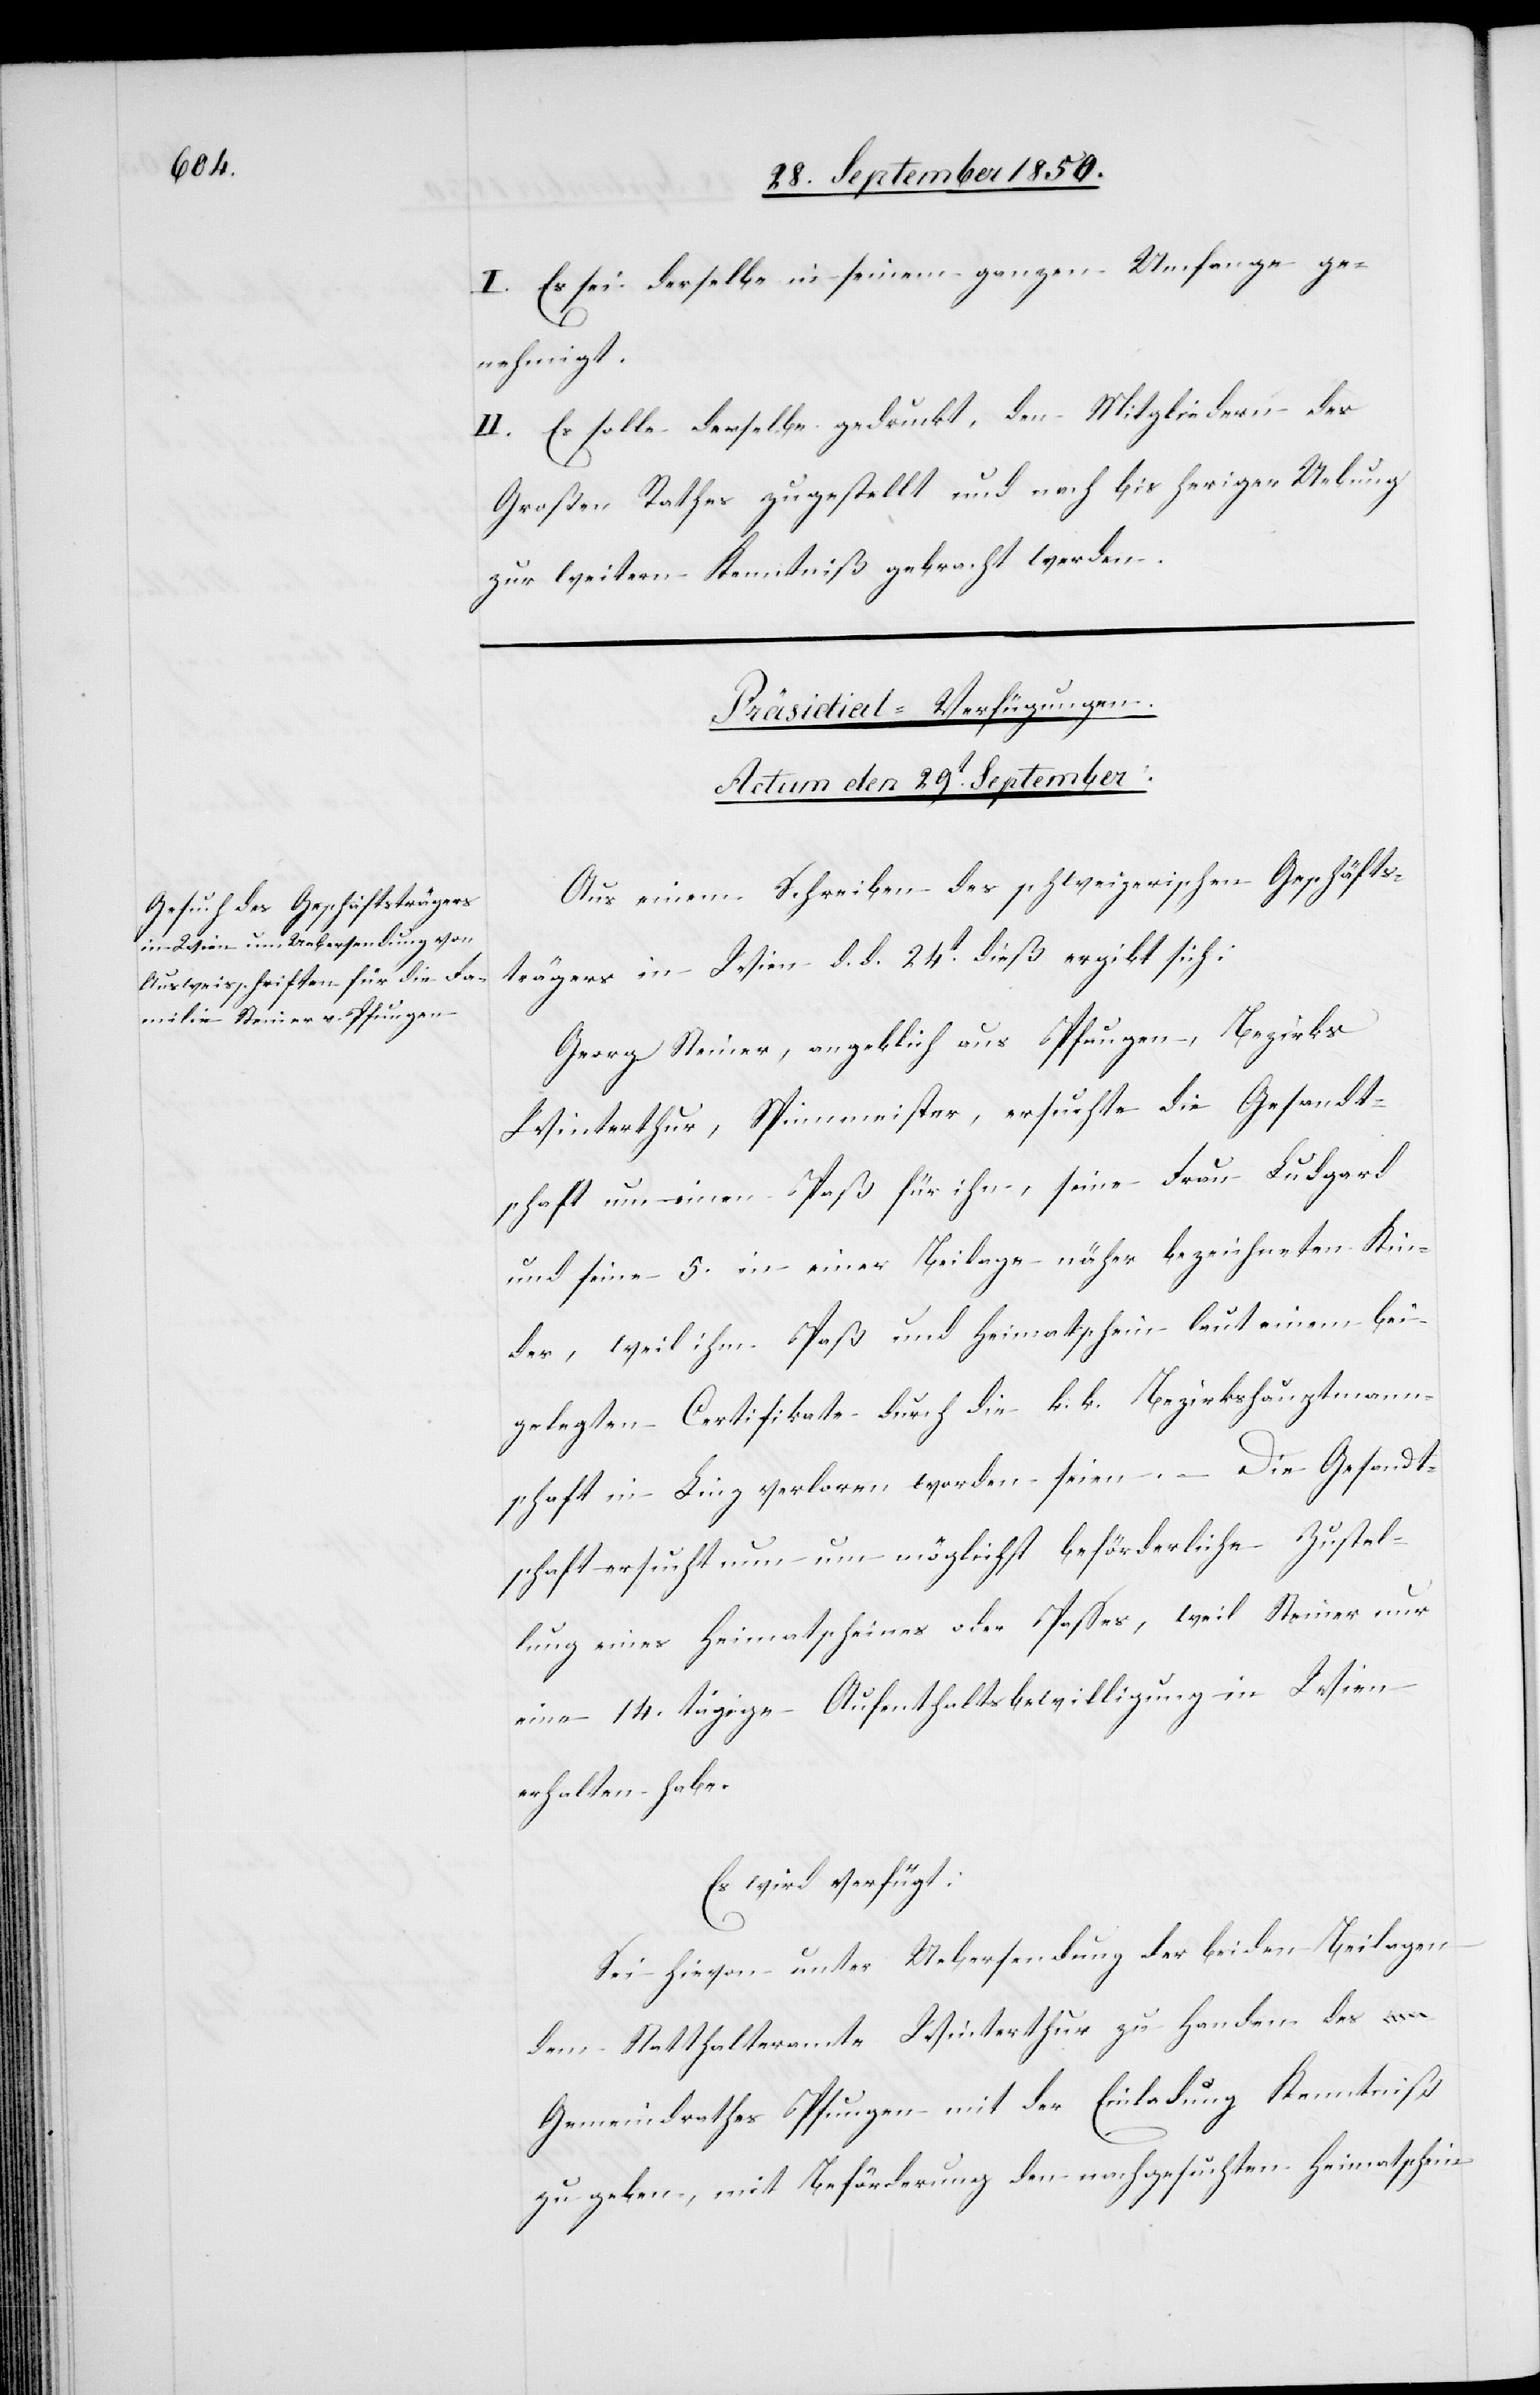
I. Es sei derselbe in seinem ganzen Umfange ge¬
nehmigt.
II. Es solle derselbe gedruckt, den Mitgliedern des
Großen Rathes zugestellt und nach bis heriger Uebung
zur weitern Kenntniß gebracht werden.
Präsidial-Verfügungen.
Actum den 29t September.
Aus einem Schreiben des schweizerischen Geschäfts¬
trägers in Wien d. d. 24t dieß ergibt sich:
Georg Steiner, angeblich aus Pfungen, Bezirks
Winterthur, Spinnmeister, ersuchte die Gesandt¬
schaft um einen Paß für ihn, seine Frau Ludgard
und seine 5. in einer Beilage näher bezeichneten Kin¬
der, weil ihm Paß und Heimatschein laut einem bei¬
gelegten Certifikate durch die k. k. Bezirkshauptmann¬
schaft in Linz verloren worden seien. – Die Gesandt¬
schaft ersucht nun um möglichst beförderliche Zustel¬
lung eines Heimatscheines oder Passes, weil Steiner nur
eine 14. tägige Aufenthaltsbewilligung in Wien
erhalten habe.
Es wird verfügt:
Sei hievon unter Uebersendung der beiden Beilagen
dem Statthalteramte Winterthur zu Handen des
Gemeindrathes Pfungen mit der Einladung Kenntniß
zu geben, mit Beförderung den nachgesuchten Heimatschein